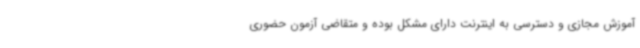
آموزش مجازی و دسترسی به اینترنت دارای مشکل بوده و متقاضی آزمون حضوری